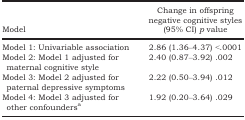
<table><thead><tr><td><b>Model</b></td><td><b>Change in offspring negative cognitive styles (95% CI) <i>p</i> value</b></td></tr></thead><tbody><tr><td>Model 1: Univariable association</td><td>2.86 (1.36–4.37) &lt;.0001</td></tr><tr><td>Model 2: Model 1 adjusted for maternal cognitive style</td><td>2.40 (0.87–3.92) .002</td></tr><tr><td>Model 3: Model 2 adjusted for paternal depressive symptoms</td><td>2.22 (0.50–3.94) .012</td></tr><tr><td>Model 4: Model 3 adjusted for other confoundersa</td><td>1.92 (0.20–3.64) .029</td></tr></tbody></table>